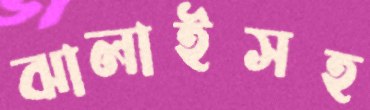
ঝালাইসহ